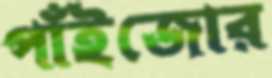
পাঁইজোর